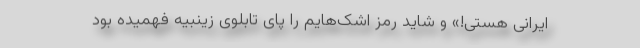
ایرانی هستی!» و شاید رمز اشک‌هایم را پای تابلوی زینبیه فهمیده بود